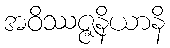
အဝိဿဇ္ဇနိယာနိ